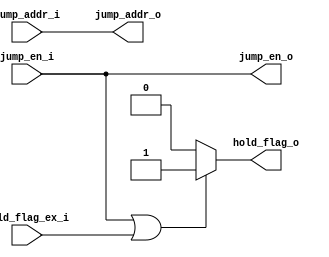
module ctrl(
  input wire[31:0] jump_addr_i,
  input wire       jump_en_i,
  input wire       hold_flag_ex_i,
  output reg[31:0] jump_addr_o,
  output reg       jump_en_o,
  output reg       hold_flag_o
);

    always @(*) begin
        jump_addr_o = jump_addr_i;
        jump_en_o   = jump_en_i;
        if (jump_en_i || hold_flag_ex_i) begin
            hold_flag_o = 1'b1;
        end
        else begin
            hold_flag_o = 1'b0;
        end
    end
endmodule